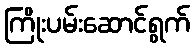
ကြိုးပမ်းဆောင်ရွက်